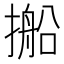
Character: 𪮥